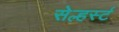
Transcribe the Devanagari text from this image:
सेल्हर्स्ट